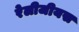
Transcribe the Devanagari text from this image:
रेलीजीयस